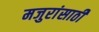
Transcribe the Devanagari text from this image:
मजुरांसाठी